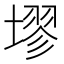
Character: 𪤗